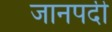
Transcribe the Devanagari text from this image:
जानपदी